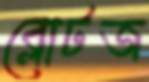
ব্লোটজ